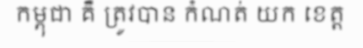
កម្ពុជា គឺ ត្រូវបាន កំណត់ យក ខេត្ត